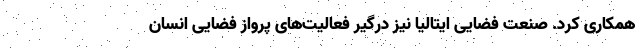
همکاری کرد. صنعت فضایی ایتالیا نیز درگیر فعالیت‌های پرواز فضایی انسان